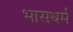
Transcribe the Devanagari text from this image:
भासधर्म